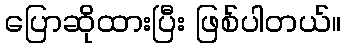
ပြောဆိုထားပြီး ဖြစ်ပါတယ်။